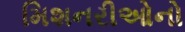
મિશનરીઓનો